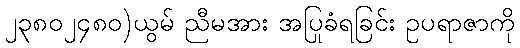
၂၃၈၀၂၄၈၀)ယွမ် ညီမအား အပြုခံရခြင်း ဥပရာဇာကို